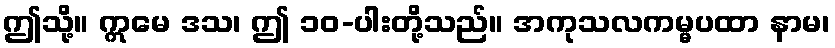
ဤသို့။ ဣမေ ဒသ၊ ဤ ၁၀-ပါးတို့သည်။ အကုသလကမ္မပထာ နာမ၊